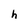
Character: h